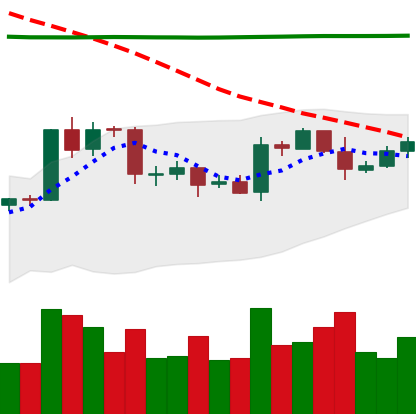
Ticker: EOS-USD
Chart end date: 2020-04-23
Forward return: 4.329%
Label: up_3_5